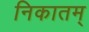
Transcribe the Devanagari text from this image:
निकातम्